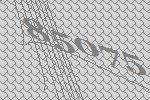
85075